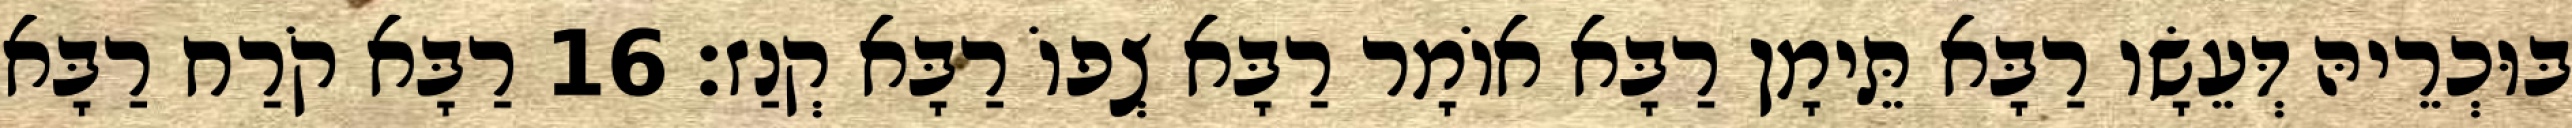
בּוּכְרֵיהּ דְּעֵשָׂו רַבָּא תֵּימָן רַבָּא אוֹמָר רַבָּא צְפוֹ רַבָּא קְנַז׃ 16 רַבָּא קֹרַח רַבָּא